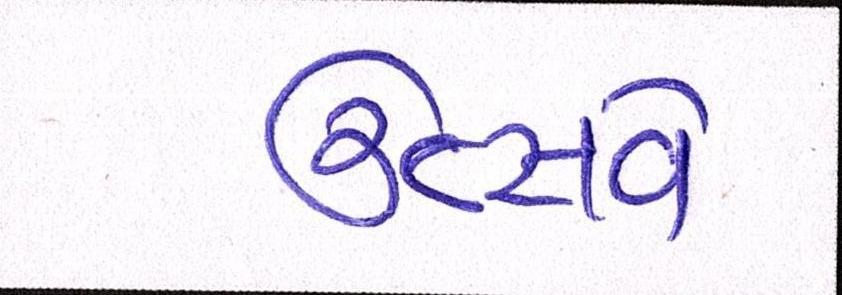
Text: ઉત્સવે